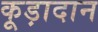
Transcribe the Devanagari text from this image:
कूड़ादान